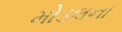
મોડલના